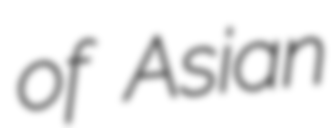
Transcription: of Asian